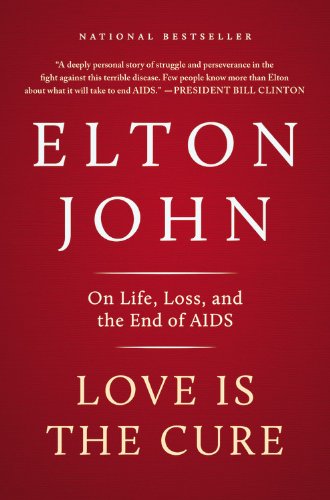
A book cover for Love Is the Cure: On Life, Loss, and the End of AIDS; Elton John; Health, Fitness & Dieting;